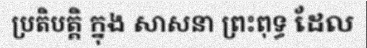
ប្រតិបត្តិ ក្នុង សាសនា ព្រះពុទ្ធ ដែល